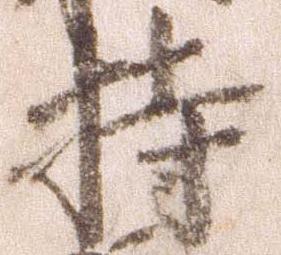
持